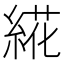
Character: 𰫩